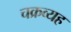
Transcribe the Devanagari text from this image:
चक्रव्यह